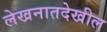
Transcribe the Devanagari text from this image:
लेखनातदेखील